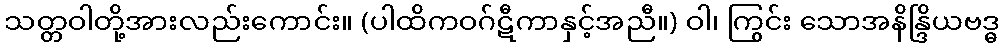
သတ္တဝါတို့အားလည်းကောင်း။ (ပါထိကဝဂ်ဋီကာနှင့်အညီ။) ဝါ၊ ကြွင်း သောအနိန္ဒြိယဗဒ္ဓ